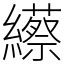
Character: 䌨